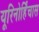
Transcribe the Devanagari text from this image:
यूरिनोर्हिंचास